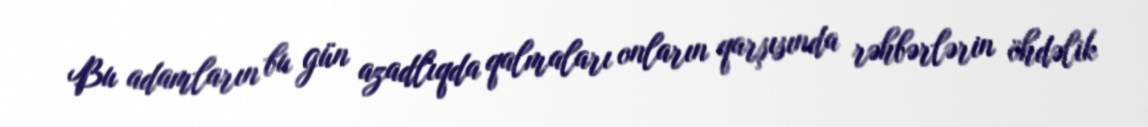
Bu adamların bu gün azadlıqda qalmaları onların qarşısında rəhbərlərin öhdəlik